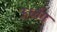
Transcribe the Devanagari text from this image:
ऊर्ध्वगः